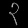
Digit: ၃